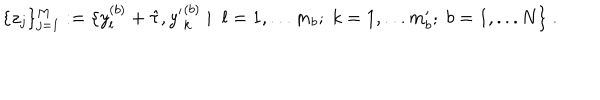
LaTeX: \{ z _ { j } \} _ { j = 1 } ^ { M } : = \{ y _ { l } ^ { ( b ) } + \hat { \tau } , { y ^ { \prime } } _ { k } ^ { ( b ) } \; | \; \; l = 1 , . . . m _ { b } ; \; k = 1 , . . . m _ { b } ^ { \prime } ; \; b = 1 , . . . N \} \; .